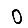
Digit: 0